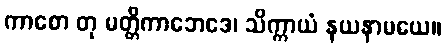
ကာစော တု မတ္တိကာဘေဒေ၊ သိက္ကာယံ နယနာမယေ။